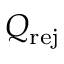
Q _ { \mathrm { r e j } }